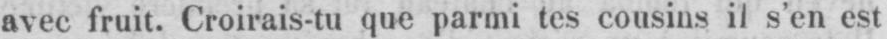
avec fruit. Croirais-tu que parmi tes cousins il s’en est